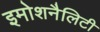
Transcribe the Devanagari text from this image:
इमोशनैलिटी